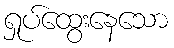
ရှုပ်ထွေးနေသော